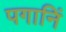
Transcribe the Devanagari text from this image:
पगानिं